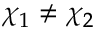
\chi _ { 1 } \neq \chi _ { 2 }